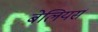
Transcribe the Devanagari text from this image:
बेलियर्स